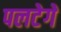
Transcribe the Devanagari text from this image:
पलटेगें